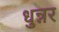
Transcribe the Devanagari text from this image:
धुन्नर